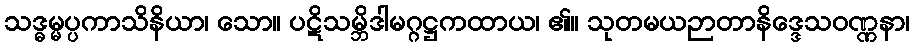
သဒ္ဓမ္မပ္ပကာသိနိယာ၊ သော။ ပဋိသမ္ဘိဒါမဂ္ဂဋ္ဌကထာယ၊ ၏။ သုတမယဉာတာနိဒ္ဒေသဝဏ္ဏနာ၊